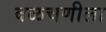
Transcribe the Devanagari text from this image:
वळचणीला